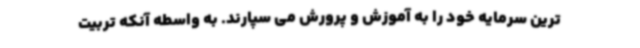
ترین سرمایه خود را به آموزش و پرورش می سپارند. به واسطه آنکه تربیت